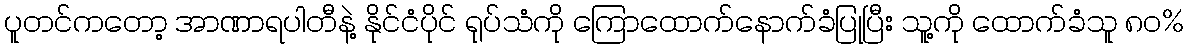
ပူတင်ကတော့ အာဏာရပါတီနဲ့ နိုင်ငံပိုင် ရုပ်သံကို ကြောထောက်နောက်ခံပြုပြီး သူ့ကို ထောက်ခံသူ ၈၀%